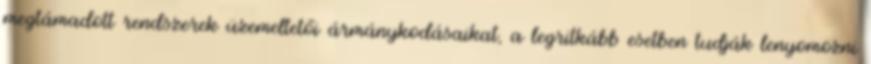
megtámadott rendszerek üzemeltetői ármánykodásaikat, a legritkább esetben tudják lenyomozni